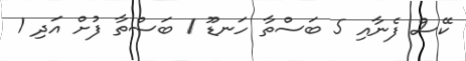
ކޭސް ފެނާއި 5 ބަސްތާ ހަނޑޫ 1 ބަސްތާ ފުށް އަދި 1